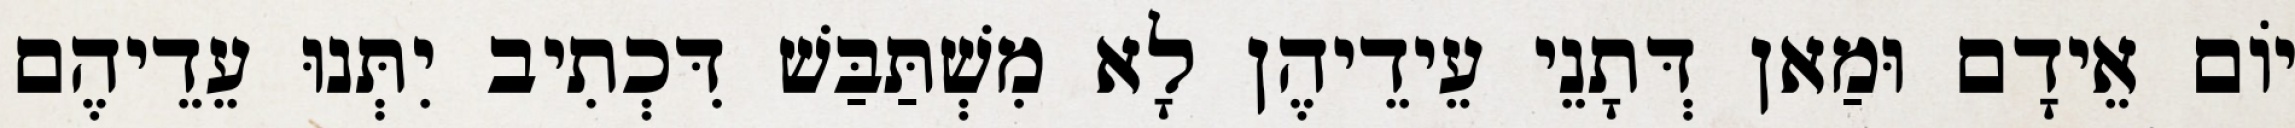
יוֹם אֵידָם וּמַאן דְּתָנֵי עֵידֵיהֶן לָא מִשְׁתַּבַּשׁ דִּכְתִיב יִתְּנוּ עֵדֵיהֶם